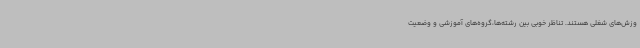
وزش‌های شغلی هستند. تناظر خوبی بین رشته‌ها،گروه‌های آموزشی و وضعیت